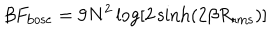
\beta F _ { \mathrm { b o s e } } = 9 N ^ { 2 } \log [ 2 \sinh ( 2 \beta R _ { \mathrm { r m s } } ) ]